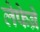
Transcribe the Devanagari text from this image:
लेफेब्रे